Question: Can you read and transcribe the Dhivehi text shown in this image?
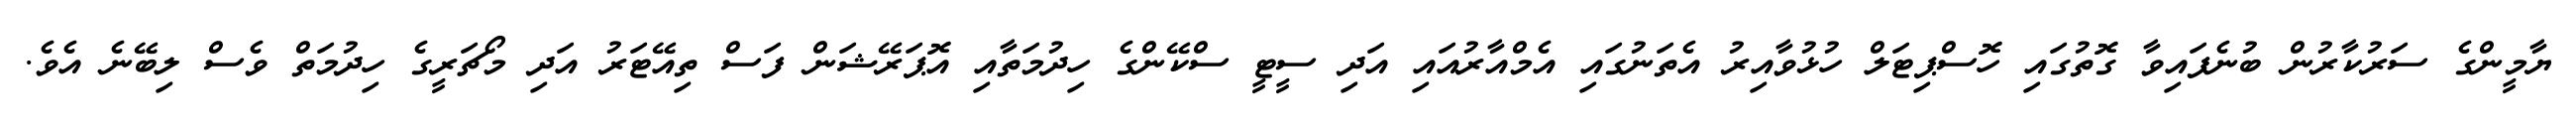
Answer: ޔާމީންގެ ސަރުކާރުން ބުނެފައިވާ ގޮތުގައި ހޮސްޕިޓަލް ހުޅުވާއިރު އެތަނުގައި އެމްއާރުއައި އަދި ސީޓީ ސްކޭންގެ ހިދުމަތާއި އޮޕަރޭޝަން ފަސް ތިއޭޓަރު އަދި މޯޗަރީގެ ހިދުމަތް ވެސް ލިބޭނެ އެވެ.